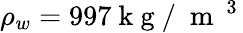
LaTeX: {{\rho}_{w}}=997\mathrm{~k~g~/~}{{\mathrm{~m~}}^{\mathrm{~3~}}}